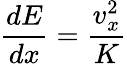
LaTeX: {\frac{dE}{dx}}={\frac{v_{x}^{2}}{K}}